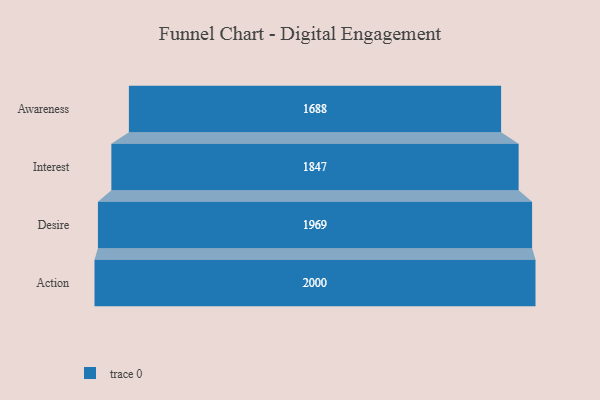
{"axis": {"x": "Stage", "y": "Value"}, "legend": [""], "data": [{"x": "Awareness", "y": 1688.0, "type": ""}, {"x": "Interest", "y": 1847.0, "type": ""}, {"x": "Desire", "y": 1969.0, "type": ""}, {"x": "Action", "y": 2000, "type": ""}]}